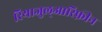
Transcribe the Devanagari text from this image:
रियाजुल्आरिफ़ीन